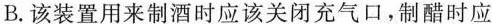
B.该装置用来制酒时应该关闭充气口，制醋时应